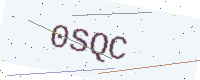
Text: 0SQC